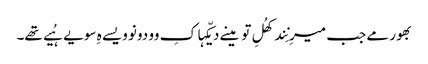
بھور مے جب میرِ نِند کھُلِ تو مینے دیکّہا کِ وو دونو ویسے ہِ سویے ہُیے تھے۔